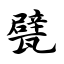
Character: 甓